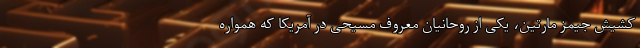
کشیش جیمز مارتین، یکی از روحانیان معروف مسیحی در آمریکا که همواره